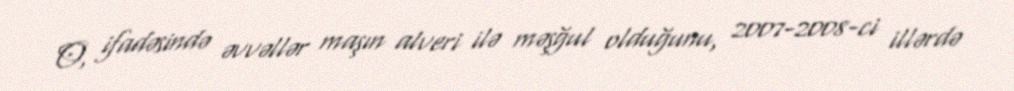
O, ifadəsində əvvəllər maşın alveri ilə məşğul olduğunu, 2007-2008-ci illərdə